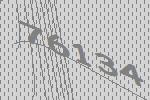
76134